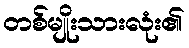
တစ်မျိုးသားလုံး၏